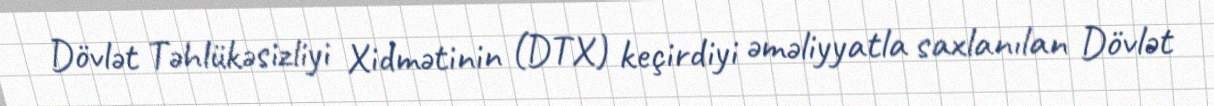
Dövlət Təhlükəsizliyi Xidmətinin (DTX) keçirdiyi əməliyyatla saxlanılan Dövlət